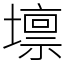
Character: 𡒄